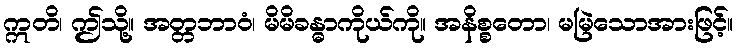
ဣတိ၊ ဤသို့။ အတ္တဘာဝံ၊ မိမိခန္ဓာကိုယ်ကို။ အနိစ္စတော၊ မမြဲသောအားဖြင့်။